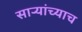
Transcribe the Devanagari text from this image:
साऱ्यांच्याच